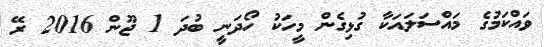
ވައްކަމުގެ މައްސަލައަކާ ގުޅިގެން މީހަކު ހޯދަނީ ބުދަ 1 ޖޫން 2016 ރޭ